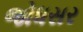
જોધસર